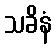
သခိနံ